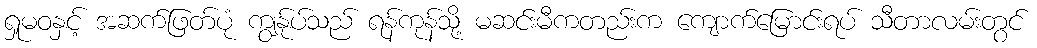
ရှုမဝနှင့် အဆက်ဖြတ်ပုံ ကျွန်ုပ်သည် ရန်ကုန်သို့ မဆင်းမီကတည်းက ကျောက်မြောင်းရပ် သီတာလမ်းတွင်